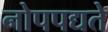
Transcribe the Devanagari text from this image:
नोपपद्यते